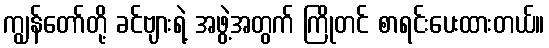
ကျွန်တော်တို့ ခင်ဗျားရဲ့ အဖွဲ့အတွက် ကြိုတင် စာရင်းပေးထားတယ်။